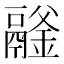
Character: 𩱉